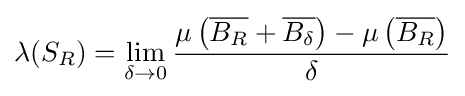
\lambda (S_{R})=\lim _{\delta \to 0}{\frac {\mu \left({\overline {B_{R}}}+{\overline {B_{\delta }}}\right)-\mu \left({\overline {B_{R}}}\right)}{\delta }}